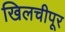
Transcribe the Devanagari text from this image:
खिलचीपूर